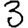
Digit: 3